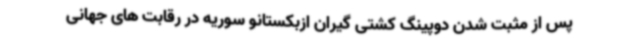
پس از مثبت شدن دوپینگ کشتی گیران ازبکستانو سوریه در رقابت های جهانی